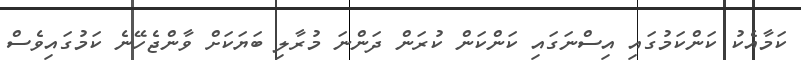
ކަމާއެކު ކަންކަމުގައި އިސްނަގައި ކަންކަން ކުރަން ދަންނަ މުރާލި ބަޔަކަށް ވާންޖެހޭނެ ކަމުގައިވެސް